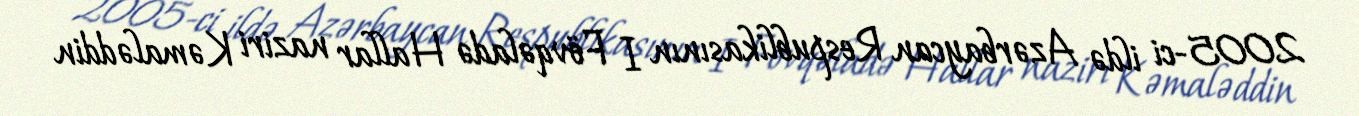
2005-ci ildə Azərbaycan Respublikasının I Fövqəladə Hallar naziri Kəmaləddin